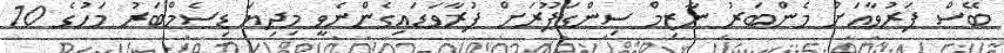
ބޭސް ފަރުވާއަށް މެންބަރު ނާޒިމް ސިންގަޕޫރަށް ފުރާވަޑައިގެންނެވީ މިދިޔަ ޑިސެމްބަރު މަހުގެ 10